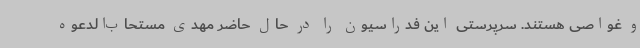
و غواصی هستند. سرپرستی این فدراسیون را در حال حاضر مهدی مستحاب‌الدعوه